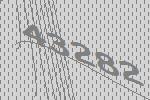
43282